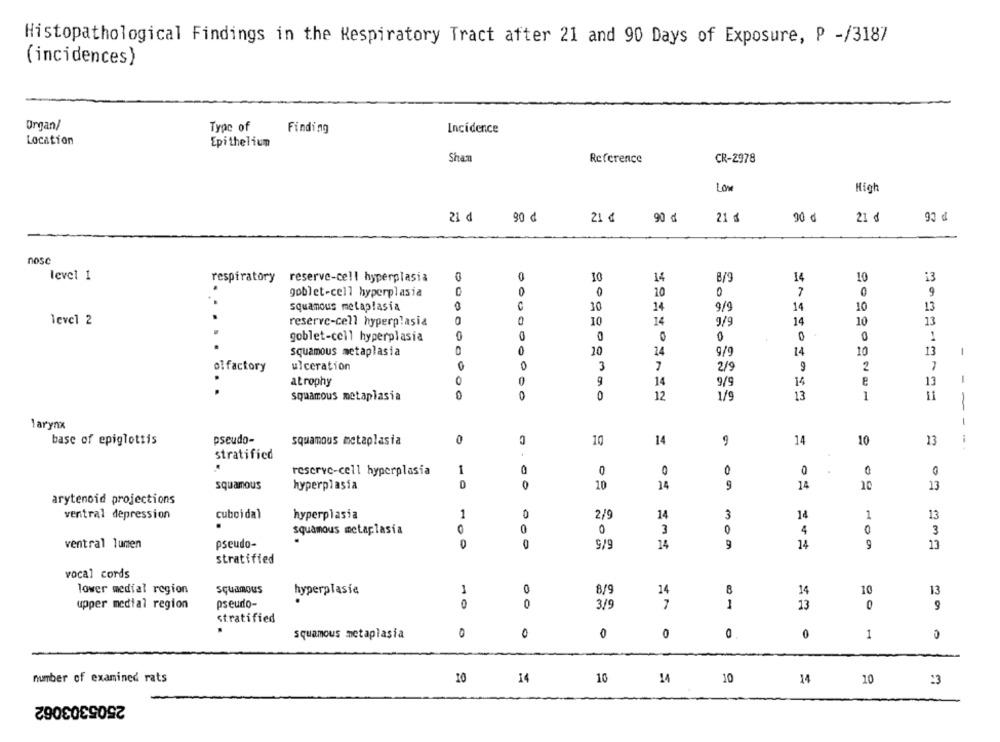
Histopathological Findings in the Respiratory Tract after 21 and 90 Days of Exposure, P -/3187
(incidences}
Organ/
Type of
Finding
Incidence
Location
Epithelium
Shan
Reference
CR-2978
Low
High
P CG
90 d
21 d
21 €
90 d
21 g
90 d
21 ₫
nosc
level 1
respiratory
reserve-cell hyperplasia
10
14
8/9
14
10
13
0
goblet-cell hyperplasia
0
10
0
7
0
9
C
squamous metaplasia
10
14
9/9
14
10
13
level 2
reserve-cell hyperplasia
0
10
14
3/9
14
10
13
goblet-cell hyperplasia
0
0
0
squamous metaplasia
10
14
9/9
14
10
13
1
ol factory
ulceration
3
7
2/9
9
2
1
atrophy
14
9/9
14
13
squamous metaplasia
0
12
1/9
13
1
11
-
1
larynx
base of epiglottis
pseudo-
squamous metaplasia
0
10
14
9
14
10
13
stratified
reserve-cell hyperplasia
1
0
0
0
0
squamous
hyperplasia
D
10
14
9
14
10
13
arytenoid projections
14
ventral depression
cuboidal
hyperplasia
1
0
2/9
3
1
13
squamous metaplasia
0
0
3
4
3
ventral lumen
pseudo-
9/9
14
9
14
9
13
stratified
vocal cords
lower medial region
squamous
hyperplasie
1
0
8/9
14
8
14
10
13
upper medial region
pseudo-
0
3/5
7
1
13
0
9
stratified
squamous metaplasia
0
0
0
0
0
1
number of examined rats
14
10
14
10
14
10
13
2505303062